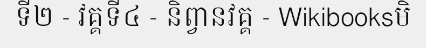
ទី២ - វគ្គទី៤ - និព្វានវគ្គ - Wikibooksមិ